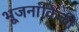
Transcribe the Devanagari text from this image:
भूजनांकिकी